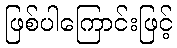
ဖြစ်ပါကြောင်းဖြင့်